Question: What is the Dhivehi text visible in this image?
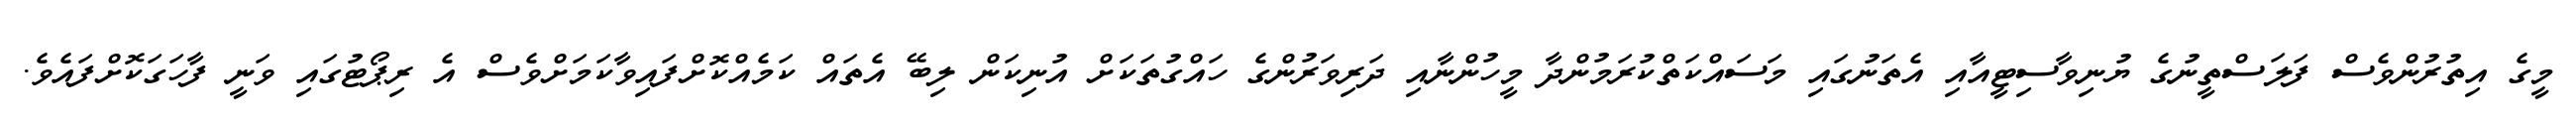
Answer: މީގެ އިތުރުންވެސް ފަލަސްތީނުގެ ޔުނިވާސިޓީއާއި އެތަނުގައި މަސައްކަތްކުރަމުންދާ މީހުންނާއި ދަރިވަރުންގެ ހައްގުތަކަށް އުނިކަން ލިބޭ އެތައް ކަމެއްކޮށްފައިވާކަމަށްވެސް އެ ރިޕޯޓުގައި ވަނީ ފާހަގަކޮށްފައެވެ.